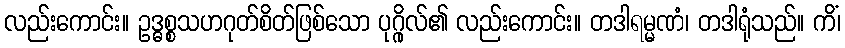
လည်းကောင်း။ ဥဒ္ဓစ္စသဟဂုတ်စိတ်ဖြစ်သော ပုဂ္ဂိုလ်၏ လည်းကောင်း။ တဒါရမ္မဏံ၊ တဒါရုံသည်။ ကိံ၊